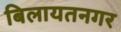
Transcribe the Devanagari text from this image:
बिलायतनगर